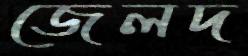
জেলদ